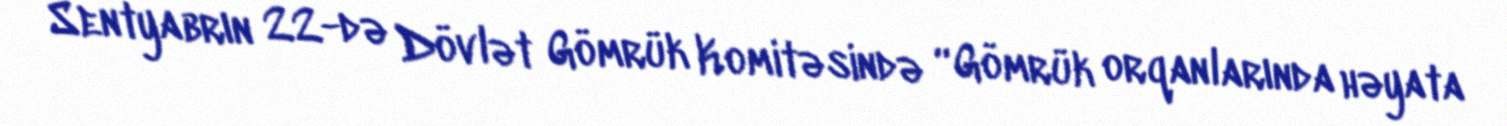
Sentyabrın 22-də Dövlət Gömrük Komitəsində “Gömrük orqanlarında həyata